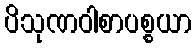
ပိသုဏဝါစာပစ္စယာ